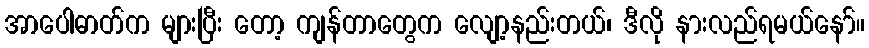
အာပေါဓာတ်က များပြီး တော့ ကျန်တာတွေက လျော့နည်းတယ်၊ ဒီလို နားလည်ရမယ်နော်။